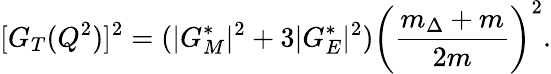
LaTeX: [G_{T}(Q^{2})]^{2}=(|G_{M}^{*}|^{2}+3|G_{E}^{*}|^{2})\bigg(\frac{m_{\Delta}+m}{2m}\bigg)^{2}.